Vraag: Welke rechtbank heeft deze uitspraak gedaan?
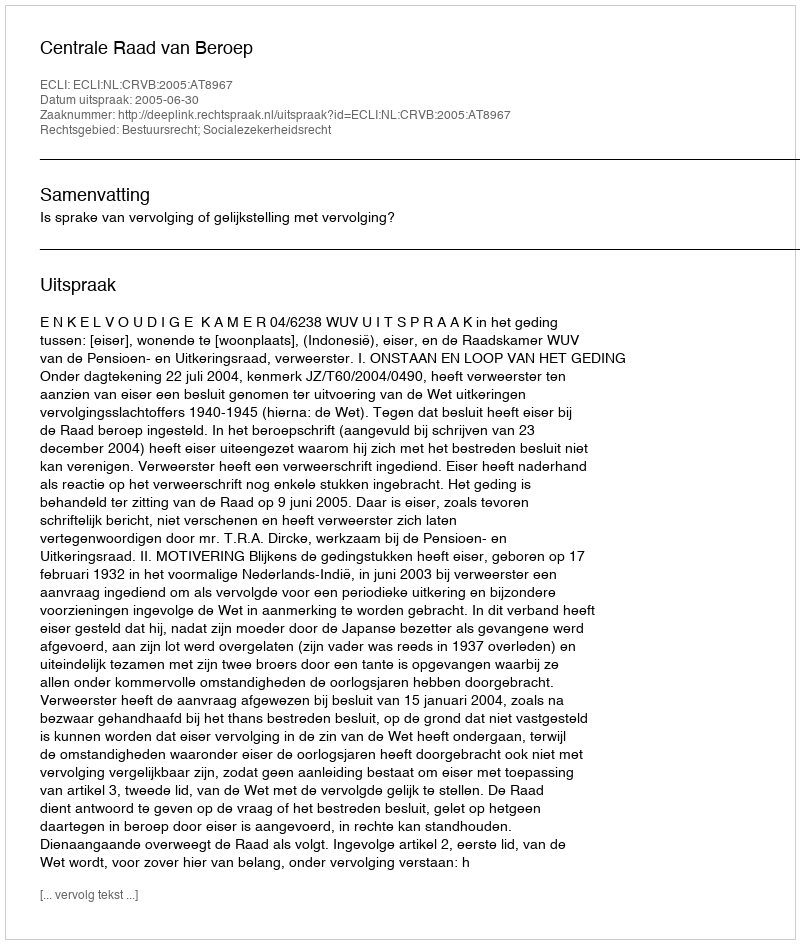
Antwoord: Centrale Raad van Beroep